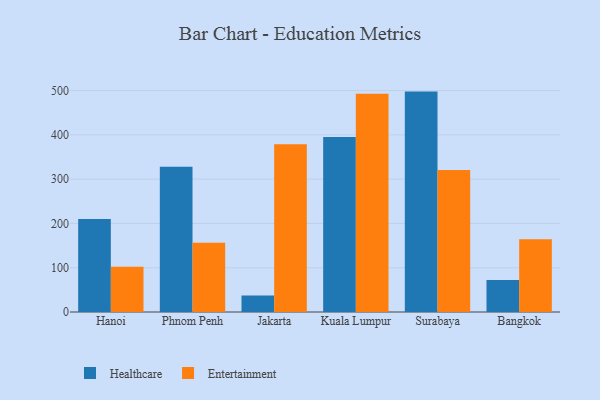
{"axis": {"x": "City", "y": "Tickets Resolved"}, "legend": ["Entertainment", "Healthcare"], "data": [{"x": "Hanoi", "y": 210.1, "type": "Healthcare"}, {"x": "Hanoi", "y": 102.4, "type": "Entertainment"}, {"x": "Phnom Penh", "y": 328.0, "type": "Healthcare"}, {"x": "Phnom Penh", "y": 156.1, "type": "Entertainment"}, {"x": "Jakarta", "y": 37.1, "type": "Healthcare"}, {"x": "Jakarta", "y": 378.9, "type": "Entertainment"}, {"x": "Kuala Lumpur", "y": 395.0, "type": "Healthcare"}, {"x": "Kuala Lumpur", "y": 492.9, "type": "Entertainment"}, {"x": "Surabaya", "y": 497.7, "type": "Healthcare"}, {"x": "Surabaya", "y": 320.8, "type": "Entertainment"}, {"x": "Bangkok", "y": 72.0, "type": "Healthcare"}, {"x": "Bangkok", "y": 164.3, "type": "Entertainment"}]}